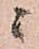
ニ